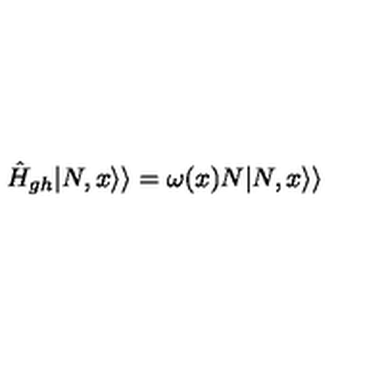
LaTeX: \hat { H } _ { g h } | N , x \rangle \rangle = \omega ( x ) N | N , x \rangle \rangle